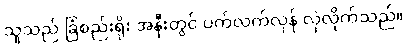
သူသည် ခြံစည်းရိုး အနီးတွင် ပက်လက်လှန် လှဲလိုက်သည်။